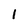
Character: 1